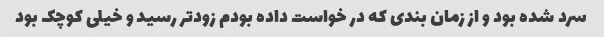
سرد شده بود و از زمان بندی که در خواست داده بودم زودتر رسید و خیلی کوچک بود